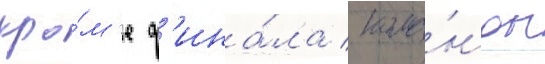
кро́м'е ф'ина́ла / кома́нды